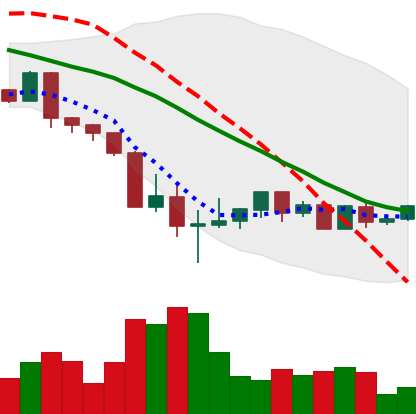
Ticker: BTC-USD
Chart end date: 2022-05-22
Forward return: -5.594%
Label: down_5_7